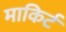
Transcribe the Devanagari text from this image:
माकिर्ट